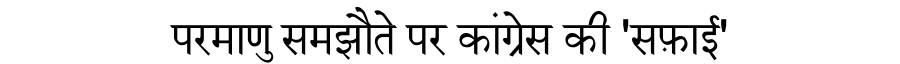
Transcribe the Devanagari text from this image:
परमाणु समझौते पर कांग्रेस की 'सफ़ाई'